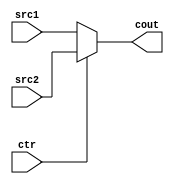
`timescale 100fs/100fs
//this file implement  multiplexer for 1 bit
module Mux2to1_1(src1,src2,cout,ctr);

input ctr;
input  src1, src2;
output reg  cout;

always @(src1,src2,ctr)
begin
    if (ctr==0)
        cout = src1;
    else
        cout = src2;
end
endmodule